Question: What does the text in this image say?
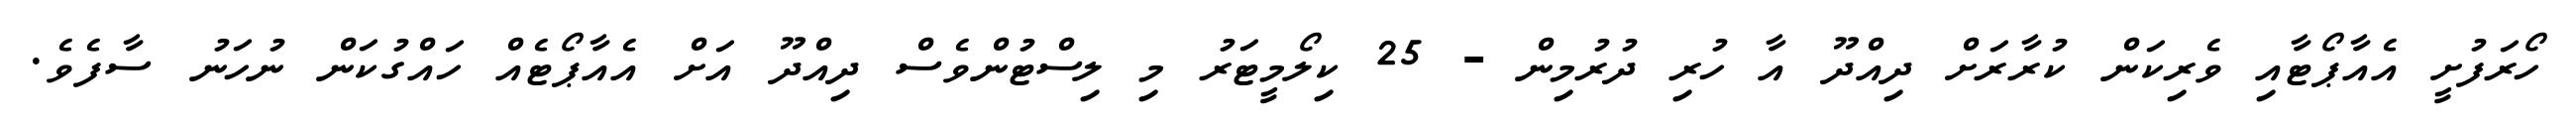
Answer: ހޯރަފުށީ އެއާޕޯޓާއި ވެރިކަން ކުރާރަށް ދިއްދޫ އާ ހުރި ދުރުމިން - 25 ކިލޯމީޓަރު މި ލިސްޓުންވެސް ދިއްދޫ އަށް އެއާޕޯޓެއް ހައްގުކަން ނުހަނު ސާފެވެ.